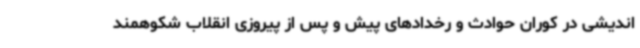
اندیشی در کوران حوادث و رخدادهای پیش و پس از پیروزی انقلاب شکوهمند